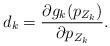
LaTeX: \begin{align*}d_k=\frac{\partial g_k(p_{Z_k})}{\partial p_{Z_k}}.\end{align*}